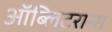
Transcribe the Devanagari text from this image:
ऑब्लिटरान्स